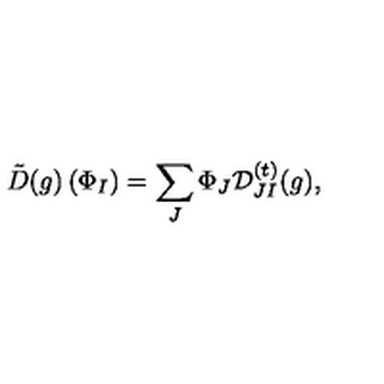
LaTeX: { \tilde { D } } ( g ) \left( \Phi _ { I } \right) = \sum _ { J } \Phi _ { J } { \cal D } _ { J I } ^ { ( t ) } ( g ) ,